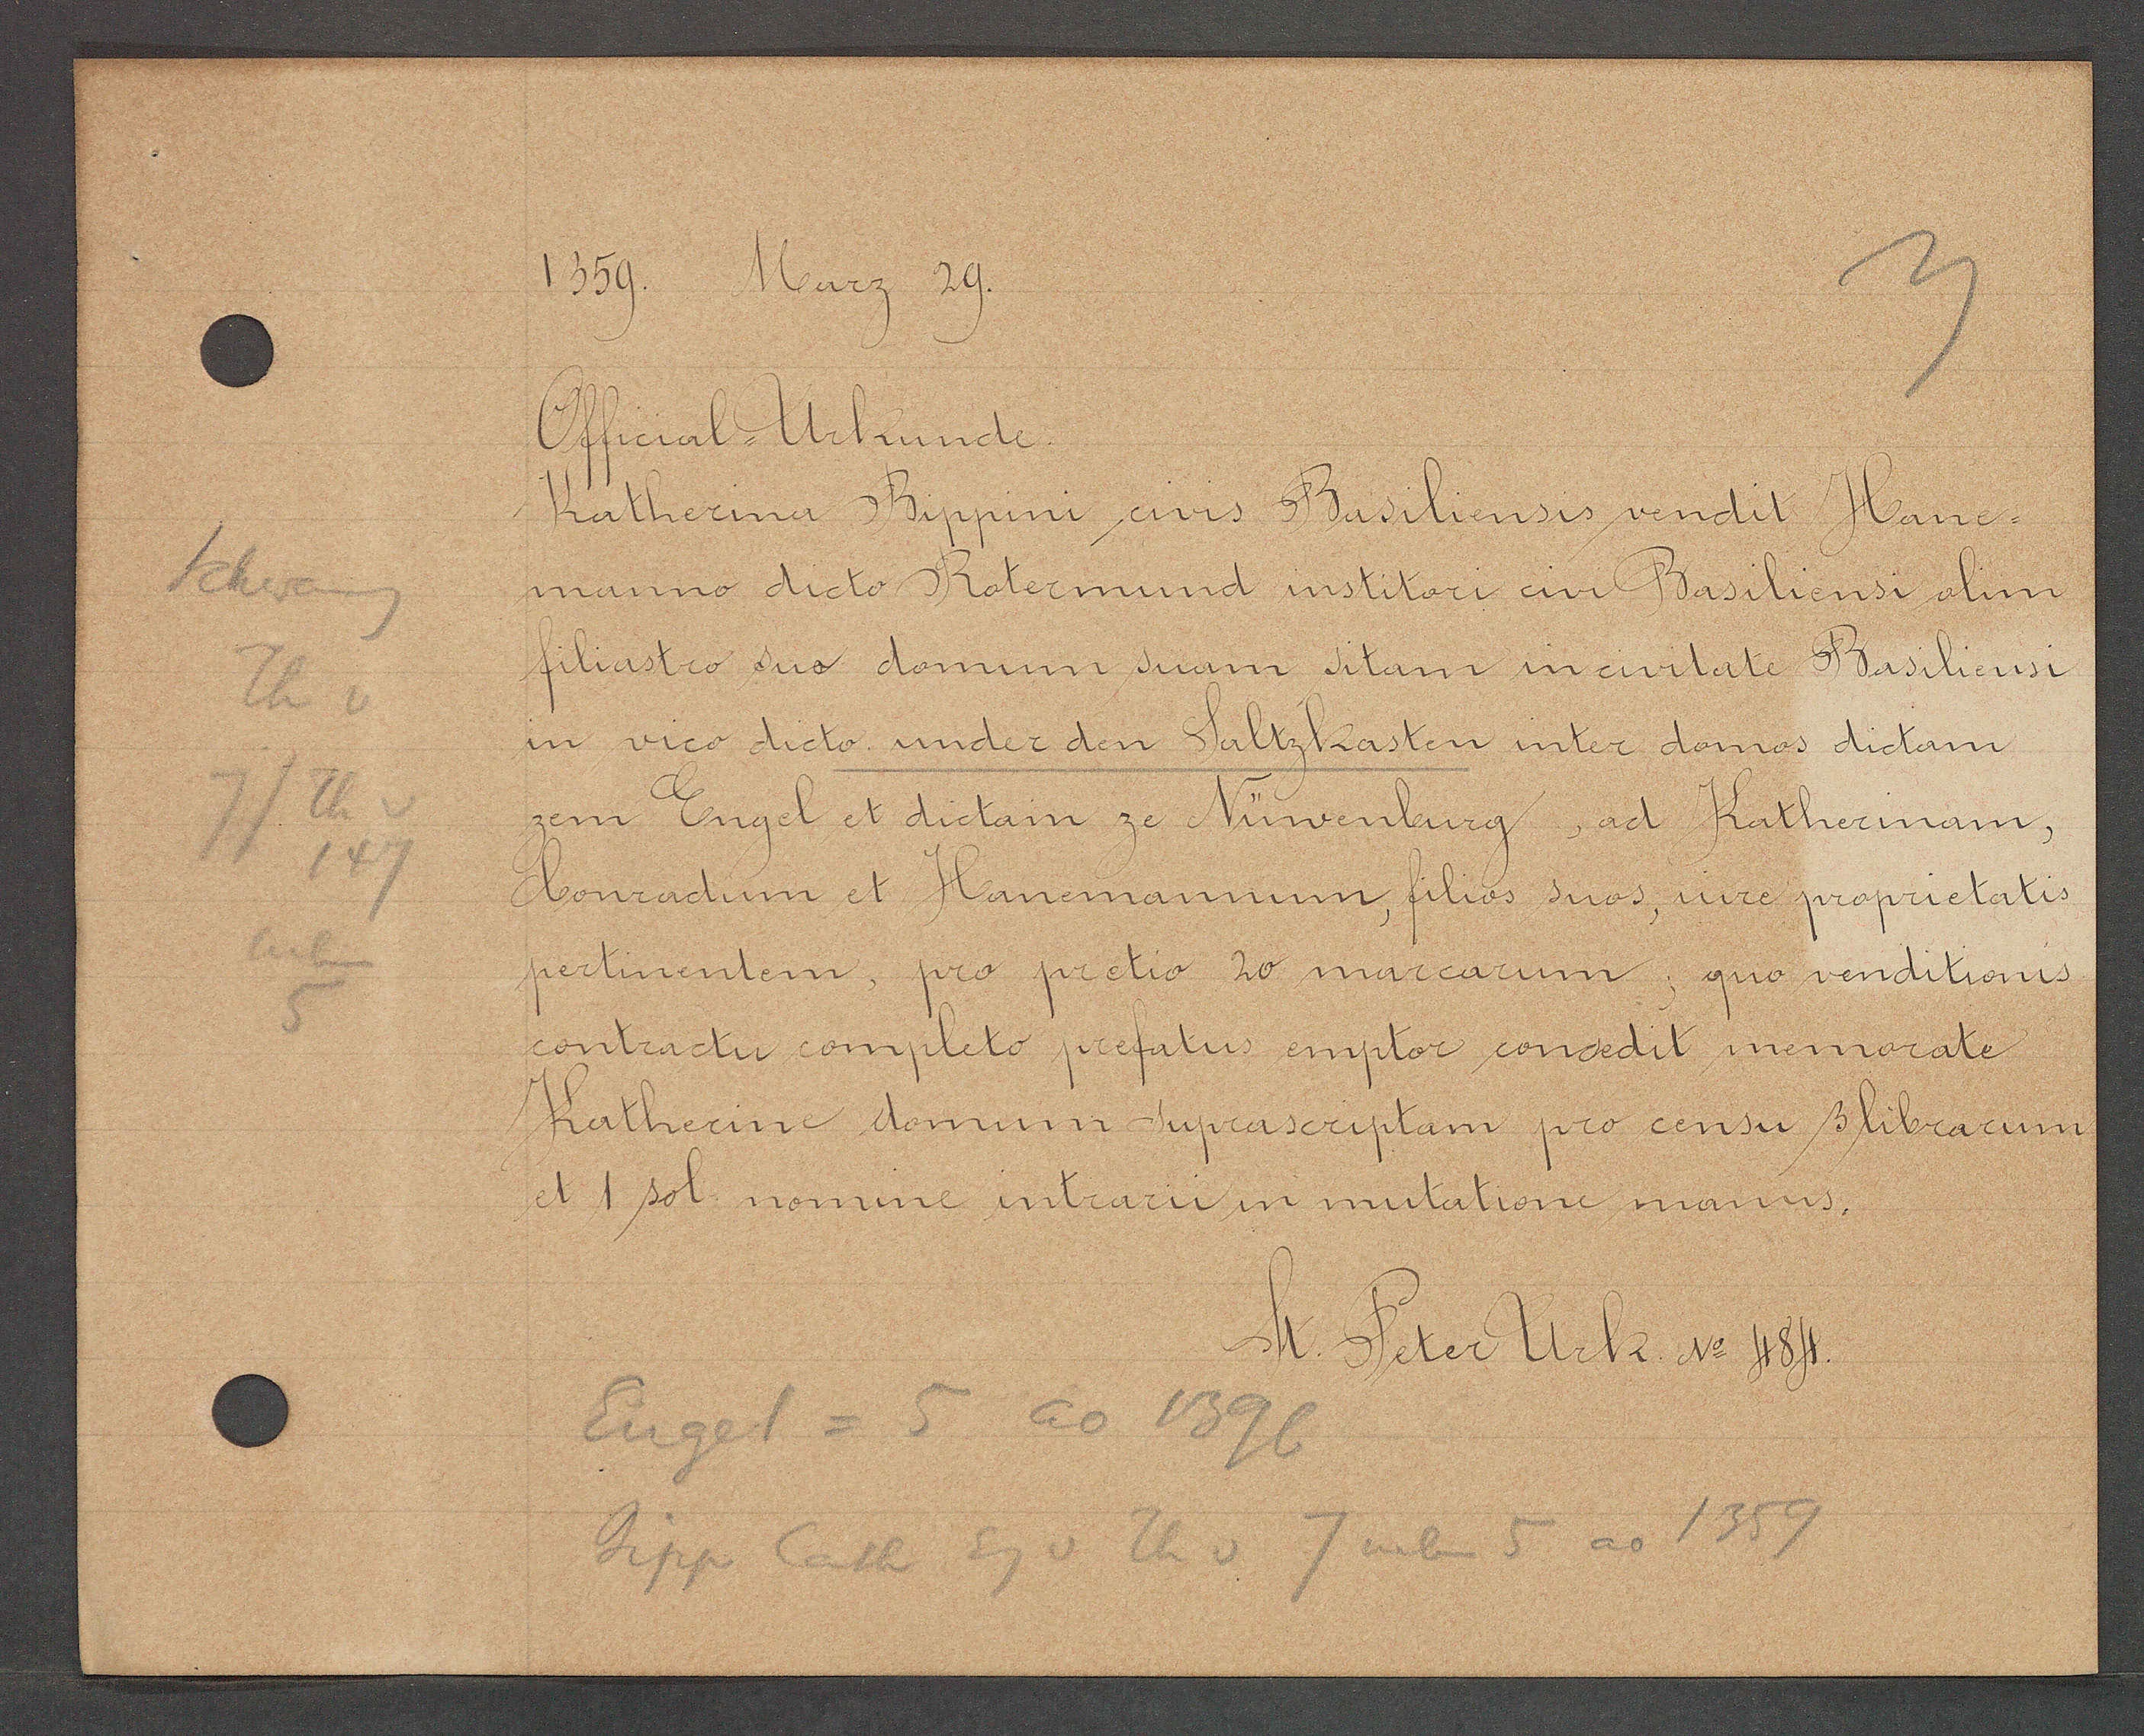
Transcript:
Schwang
Th v
Th
14

1359
Marz 29.

Official-Urkunde.
Katherina Bippini civis Basiliensis vendit Hane¬
manno dicto Rotermund institori civi Basiliensi olim
filiastro suo domum suam aitam in civitate Basiliensi.
in vico dicto under den Saltzkasten inter domos dictam
zem Engel et dictam ze Nüwenburg, ad Katherinam,
Conradum et Hanemannum, filios suos, iure proprietatis
pertinentem, pro pretio 20 marcarum, quo venditionis
contractu completo prefatus emptor concedit memorate
Katherine domum supraseriptam pro censu 3 librarum
et 1 sol. nomine intrarii in mutatione manus.

St. Peter Urk. No 484.

Engel = 5 ao 1396
Bipp Cath Eg v Th v 7 neben 5 ao 1359